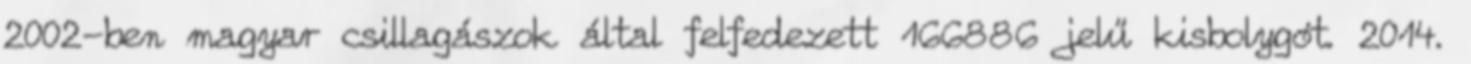
2002-ben magyar csillagászok által felfedezett 166886 jelű kisbolygót. 2014.